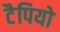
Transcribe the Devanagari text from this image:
टैपियो